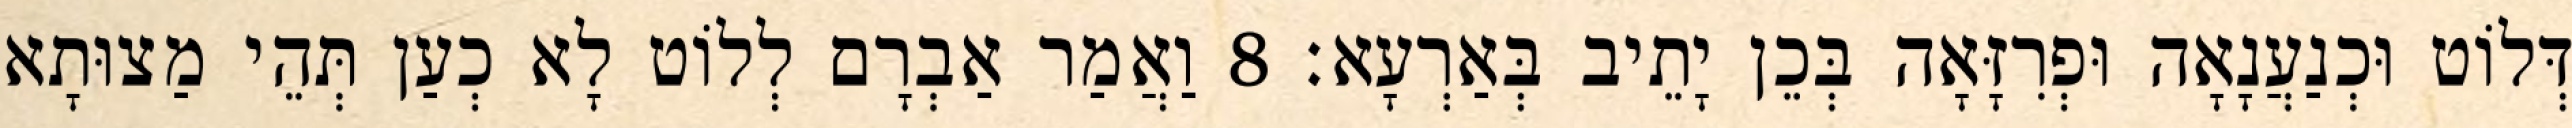
דְּלוֹט וּכְנַעֲנָאָה וּפְרִזָּאָה בְּכֵן יָתֵיב בְּאַרְעָא׃ 8 וַאֲמַר אַבְרָם לְלוֹט לָא כְעַן תְּהֵי מַצוּתָא